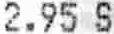
2.95 S